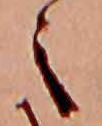
々